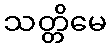
သတ္တိမေ